Subject: stat
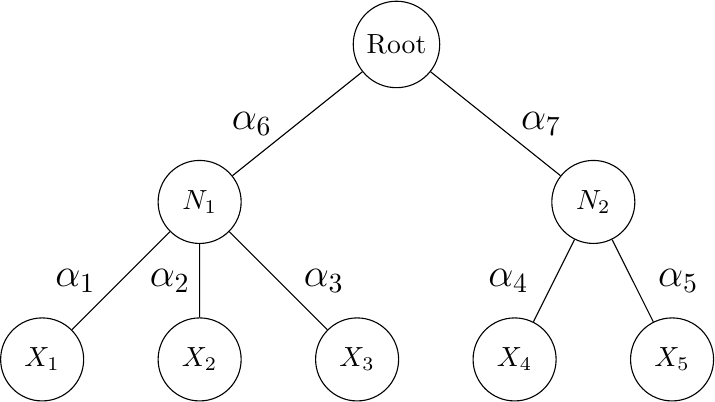
LaTeX code:
   \begin{tikzpicture}
    \node[circle, draw, minimum size = 3em]{Root}[sibling distance= 5 cm, level distance = 2 cm]
        child {node[circle, draw, minimum size = 3em] {$N_1$} [sibling distance = 2 cm]
            child{node[circle, draw, minimum size = 3em] {$X_1$}
            edge from parent node[left, xshift=-0.2cm] {\Large $\alpha_1$}}
            child {node[circle, draw, minimum size = 3em] {$X_2$}
            edge from parent node[left, xshift=-0.0cm] {\Large $\alpha_2$}}
            child {node[circle, draw, minimum size = 3em] {$X_3$}
            edge from parent node[right, xshift=0.2cm] {\Large $\alpha_3$}}
            edge from parent node[left, xshift=-0.2cm]{\Large $\alpha_6$}
        }
        child {node[circle, draw, minimum size = 3em] {$N_2$} [sibling distance = 2 cm]
            child {node[circle, draw, minimum size = 3em] {$X_4$}
            edge from parent node[left, xshift=-0.2cm] {\Large $\alpha_4$}}
            child{node[circle, draw, minimum size = 3em] {$X_5$}
            edge from parent node[right, xshift=0.2cm] {\Large $\alpha_5$}}
            edge from parent node[right, xshift=0.2cm]{\Large $\alpha_7$}
        };
    \end{tikzpicture}